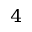
^ 4